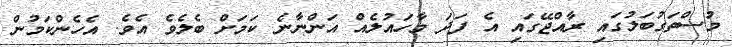
މުސްތަގުބަލުގައި ރާއްޖޭގައި އެ ފަދަ މާހައުލެއް އަންނާނެ ކަމަށް ބެލެވެ އެވެ. އެހެންކަމުން